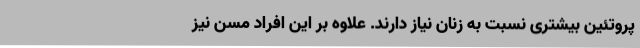
پروتئین بیشتری نسبت به زنان نیاز دارند. علاوه بر این افراد مسن نیز